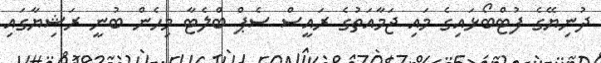
ދުނިޔޭގެ ފުޓްބޯޅައިގެ މައި ޖަމާއަތުގެ ރައީސް ސެޕް ބްލެޓާ މިހެން ބުނީ ރަޝިޔާގައި